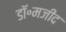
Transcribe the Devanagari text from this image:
डॉ॰मजीद